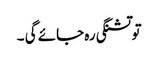
تو تشنگی رہ جائے گی ۔